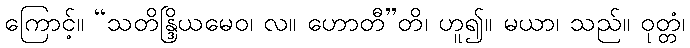
ကြောင့်။ “သတိန္ဒြိယမေဝ၊ လ။ ဟောတီ”တိ၊ ဟူ၍။ မယာ၊ သည်။ ဝုတ္တံ၊